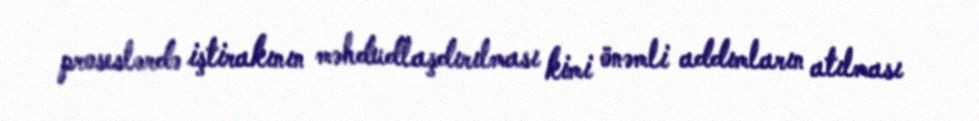
proseslərdə iştirakının məhdudlaşdırılması kimi önəmli addımların atılması